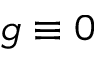
g \equiv 0